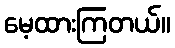
မေ့ထားကြတယ်။